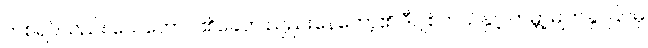
တစ်ရပ်လည်း ယေဟောဝါ၏ခေတ် ညည်းနေတော့၏ ဒီဂျစ်တယ်နှင့် ကမ္ဘာ့မျက်နှာပြင်မှ